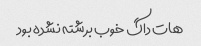
هات داگ خوب برشته نشده بود